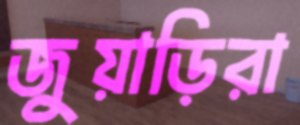
জুয়াড়িরা